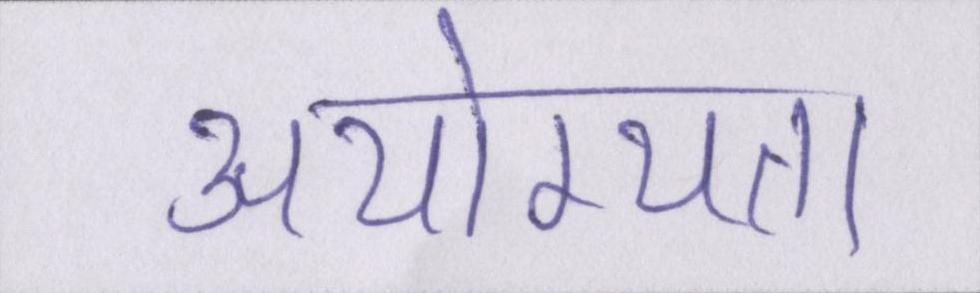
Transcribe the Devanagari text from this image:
अयोग्यता